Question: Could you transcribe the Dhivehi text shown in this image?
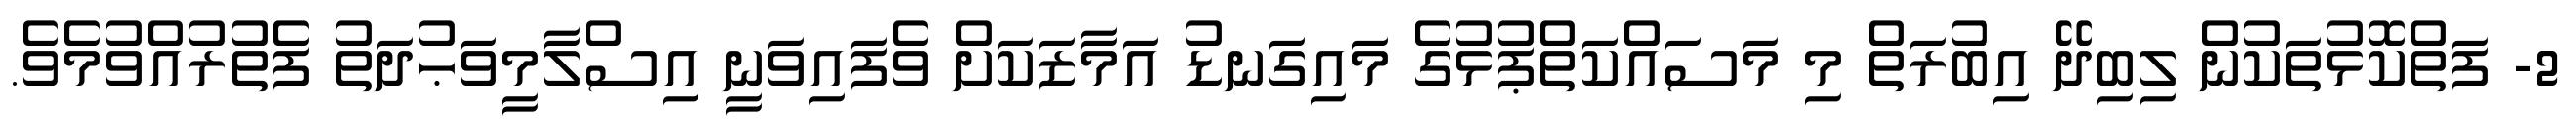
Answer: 2- ފަތްކޮޅުތަކުން ލިބިދޭ އިބުރަތް މި މަސައްކަތްޕުޅުގެ މައިގަނޑު އަމާޒަކަށް ވެފައިވަނީ އިސްލާމީވަޙުދަތު ފެތުރުއްވުމެވެ.